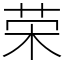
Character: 荣